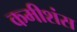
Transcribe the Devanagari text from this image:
कमीशंस